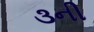
૩ની